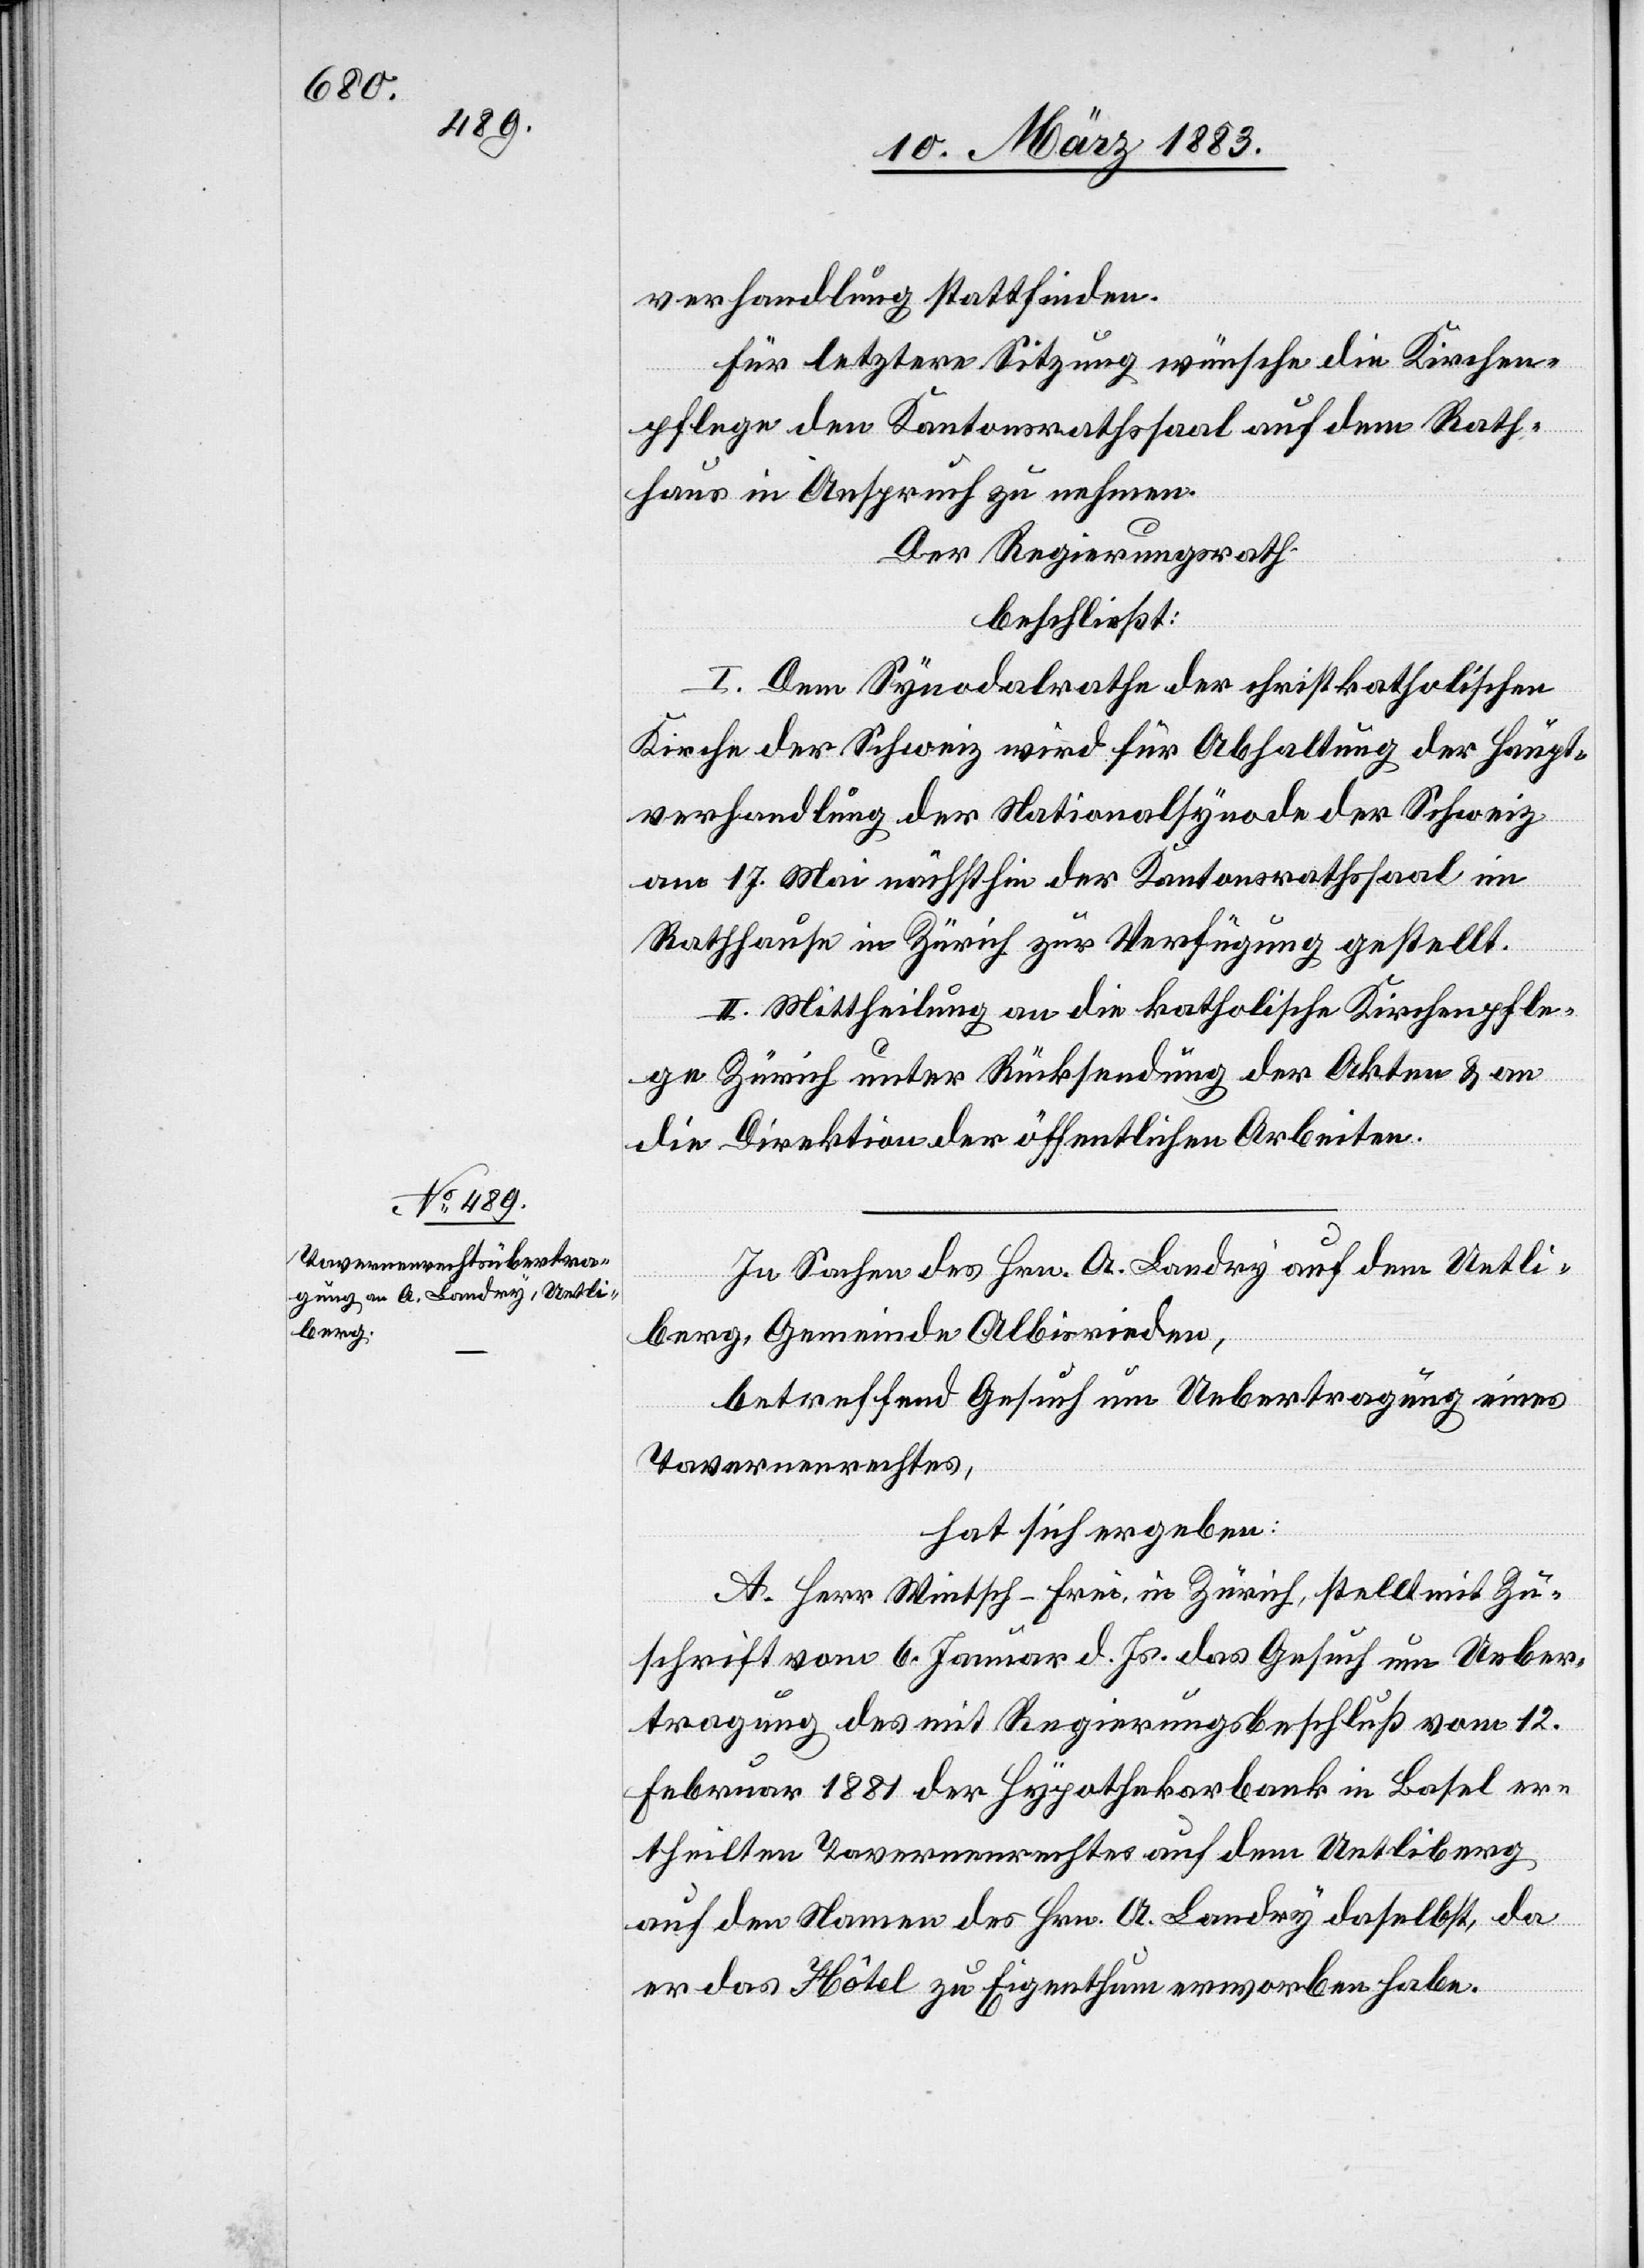
1882

21. Febr. 1883
rseitigen
Die vom Regierungsrath